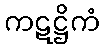
ကဋဋ္ဌိကံ